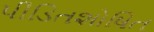
પીડિતશોષિત